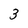
Character: 3